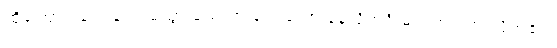
ထို့ကြောင့် ချက်ချင်း မသွားသေးဘဲ ခဏတော့ နေလိုက်ဦးမည်ဟု တွေးလိုက်၏။